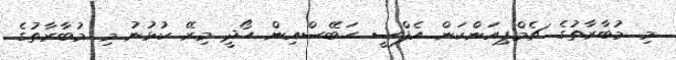
މި މުބާރާތުގެ ޗެމްޕިއަންކަން އެފްސީ ހަބޭސްއިން ހޯދީ މިރޭ ކުޅުނު މި މުބާރާތުގެ